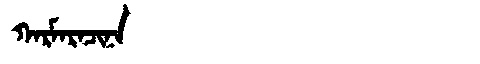
Manchu: ᡴᠠᡵᠮᠠᡵᠠᠴᡳᠨᠠ
Romanization: KARMARACINA